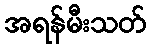
အရန်မီးသတ်